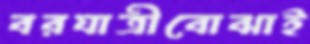
বরযাত্রীবোঝাই